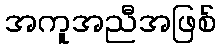
အကူအညီအဖြစ်